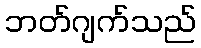
ဘတ်ဂျက်သည်